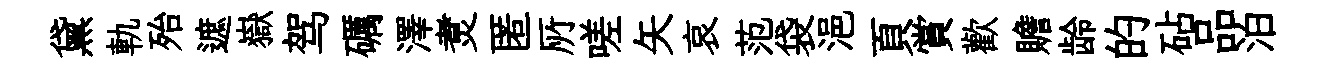
黛軌殆遮嶽驾礪澤煑匿𠩄嗟矢哀范袋浥頁賞歡贍龄的砧品泊